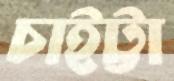
চাইট্টা